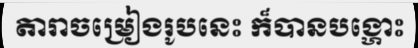
តារាចម្រៀងរូបនេះ ក៏បានបង្ហោះ